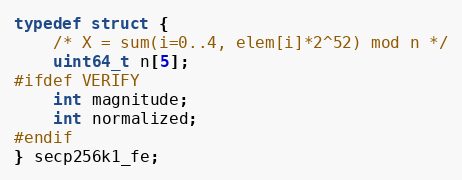
Language: C
typedef struct {
    /* X = sum(i=0..4, elem[i]*2^52) mod n */
    uint64_t n[5];
#ifdef VERIFY
    int magnitude;
    int normalized;
#endif
} secp256k1_fe;